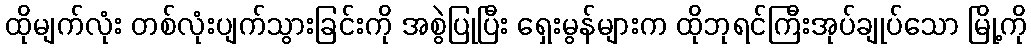
ထိုမျက်လုံး တစ်လုံးပျက်သွားခြင်းကို အစွဲပြုပြီး ရှေးမွန်များက ထိုဘုရင်ကြီးအုပ်ချုပ်သော မြို့ကို